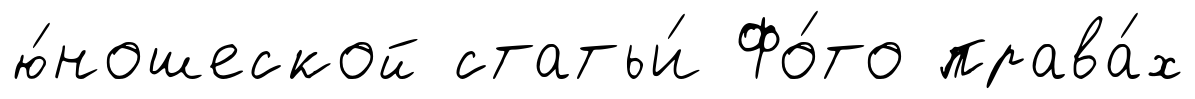
ю́ношеской статьи́ Фо́то права́х